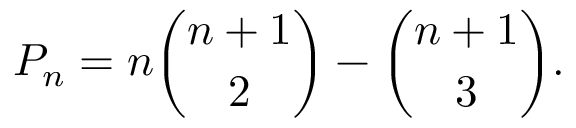
P _ { n } = n { \binom { n + 1 } { 2 } } - { \binom { n + 1 } { 3 } } .